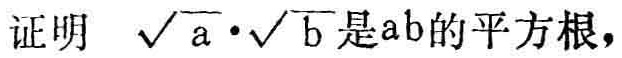
证明 \(\sqrt{a}\cdot\sqrt{b}\)是\(ab\)的平方根，